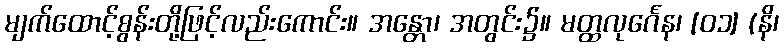
မျက်ထောင့်စွန်းတို့ဖြင့်လည်းကောင်း။ အန္တော၊ အတွင်း၌။ မတ္ထလုင်္ဂေန၊ [၀၁] (နိ၊